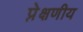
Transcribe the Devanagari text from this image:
प्रे़क्षणीय